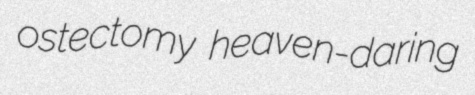
ostectomy heaven-daring